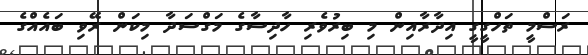
ރަސްމީ ތަހްގީގީ އިދާރާއިން މި ބިރުވެރި ހާދިސާގެ މަގްސަދާ މިކަން ރޭވި ބައެއްގެ